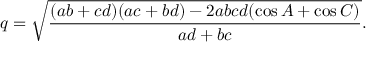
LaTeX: q = { \sqrt { \frac { ( a b + c d ) ( a c + b d ) - 2 a b c d ( \cos { A } + \cos { C } ) } { a d + b c } } } .